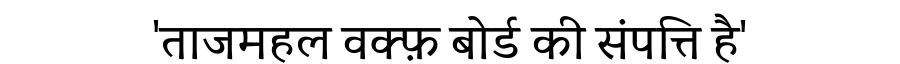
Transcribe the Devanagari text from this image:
'ताजमहल वक्फ़ बोर्ड की संपत्ति है'